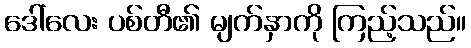
ဒေါ်လေး ပစ်တီ၏ မျက်နှာကို ကြည့်သည်။